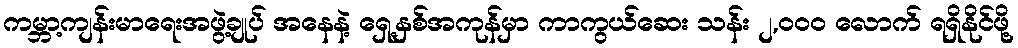
ကမ္ဘာ့ကျန်းမာရေးအဖွဲ့ချုပ် အနေနဲ့ ရှေ့နှစ်အကုန်မှာ ကာကွယ်ဆေး သန်း ၂,၀၀၀ လောက် ရရှိနိုင်ဖို့